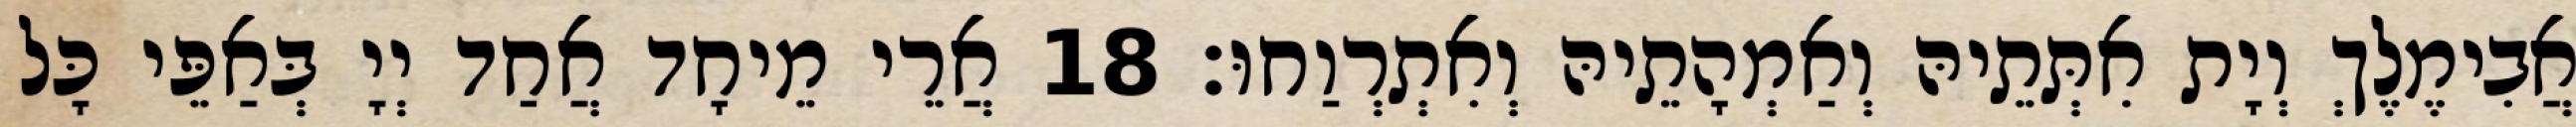
אֲבִימֶלֶךְ וְיָת אִתְּתֵיהּ וְאַמְהָתֵיהּ וְאִתְרְוַחוּ׃ 18 אֲרֵי מֵיחָד אֲחַד יְיָ בְּאַפֵּי כָּל